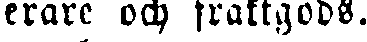
gerare och fraktgods.